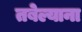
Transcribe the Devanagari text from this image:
तबेल्याना